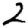
Digit: 2